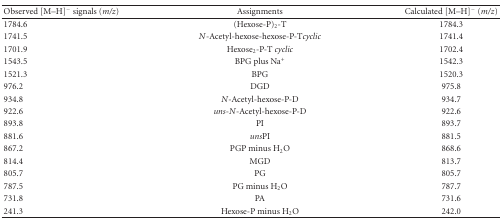
| Observed [M–H]− signals (m/z) | Assignments | Calculated [M–H]− (m/z) |
 | --- | --- | --- |
 | 1784.6 | (Hexose-P)2-T | 1784.3 |
 | 1741.5 | N-Acetyl-hexose-hexose-P-Tcyclic | 1741.4 |
 | 1701.9 | Hexose2-P-T cyclic | 1702.4 |
 | 1543.5 | BPG plus Na+ | 1542.3 |
 | 1521.3 | BPG | 1520.3 |
 | 976.2 | DGD | 975.8 |
 | 934.8 | N-Acetyl-hexose-P-D | 934.7 |
 | 922.6 | uns-N-Acetyl-hexose-P-D | 922.6 |
 | 893.8 | PI | 893.7 |
 | 881.6 | unsPI | 881.5 |
 | 867.2 | PGP minus H2O | 868.6 |
 | 814.4 | MGD | 813.7 |
 | 805.7 | PG | 805.7 |
 | 787.5 | PG minus H2O | 787.7 |
 | 731.8 | PA | 731.6 |
 | 241.3 | Hexose-P minus H2O | 242.0 |